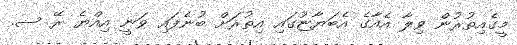
މީގެއިތުރުން ވިލާ އެއާގެ އެބަޔާޏުގައި އިތުރަށް ބުނެފައި ވަނީ އިއްޔެ ރޭ ސ.